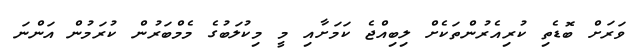
ވަރަށް ބޮޑެތި ކުރިއެރުންތަކެށް ލިބިއްޖެ ކަމަށާއި މީ މިކުލަބުގެ މެމްބަރުން ކުރަމުން އަންނަ